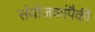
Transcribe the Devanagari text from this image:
संयोजकांपैकी